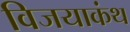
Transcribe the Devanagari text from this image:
विजयाकंथ